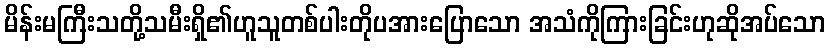
မိန်းမကြီးသတို့သမီးရှိ၏ဟူသူတစ်ပါးတိုပအားပြောသော အသံကိုကြားခြင်းဟုဆိုအပ်သော